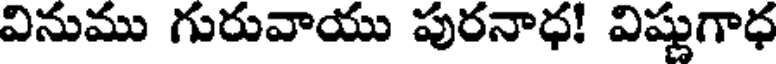
వినుము గురువాయు పురనాధ! విష్ణుగాధ